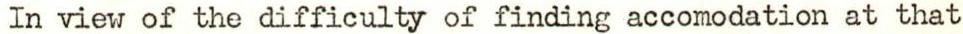
In view of the difficulty of finding accomodation at that